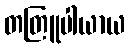
တတြူပါယာယ